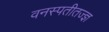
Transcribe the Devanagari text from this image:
वनस्पतीतज्ज्ञ